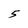
Character: 5